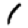
Digit: 1